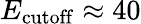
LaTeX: E_{\mathrm{cutoff}}\approx 40